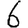
Digit: 6